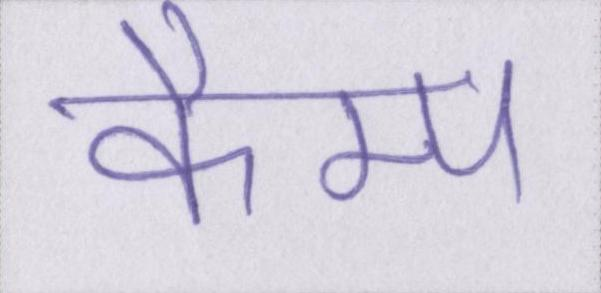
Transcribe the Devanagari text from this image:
कैम्प